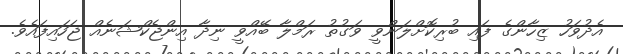
އެދުވަހު ޒިހާންގެ ފައި ބުރިކޮށްލަންވީ ވަގުތު ރަމްލާ ބޭއްވީ ނިދާ އިންޖެކްޝަނެއް ޖަހައިފައެވެ.